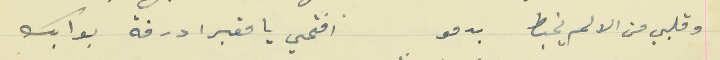
وقلبي من الالم يخبط بدمو                                    افتحي يا مقبرا درفة بوابك